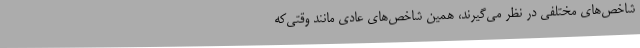
شاخص‌های مختلفی در نظر می‌گیرند، همین شاخص‌های عادی مانند وقتی‌که